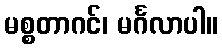
မစ္စတာဂင်၊ မင်္ဂလာပါ။